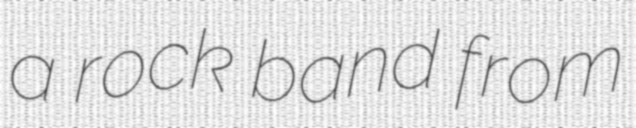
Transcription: a rock band from